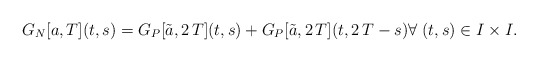
\begin{align*}G_N[a,T](t,s)=G_P[\tilde a,2\,T](t,s)+G_P[\tilde a,2\,T](t,2\,T-s) \forall \;(t,s) \in I \times I.\end{align*}